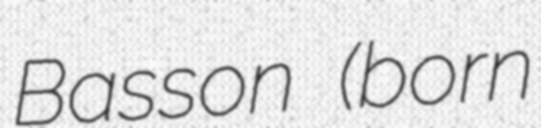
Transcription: Basson (born